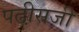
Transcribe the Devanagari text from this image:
पढी़सजी